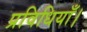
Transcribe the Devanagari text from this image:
प्रविधियाँ।